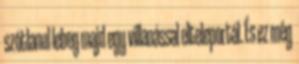
szótlanul lebeg majd egy villanással elteleportál. És ez még